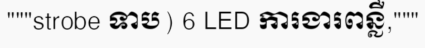
"""strobe ទាប) 6 LED ការងារពន្លឺ,"""